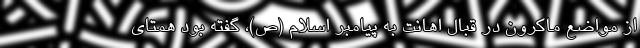
از مواضع ماکرون در قبال اهانت به پیامبر اسلام (ص)، گفته بود همتای